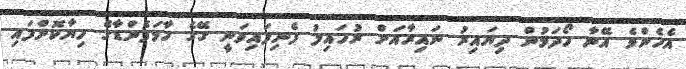
އެހެންވެ އޭނާ ހޯދަމުން ދިޔައިރު ނައިރާއަށް ރުހައިލު ފެނިފައިވަނީ ގޭގެ ހާމަފެންޑާގެ ހިޔާކޮށްފައި